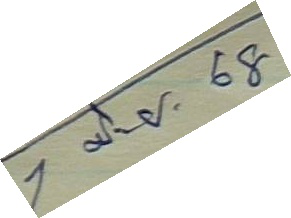
1 มิ.ย. 68